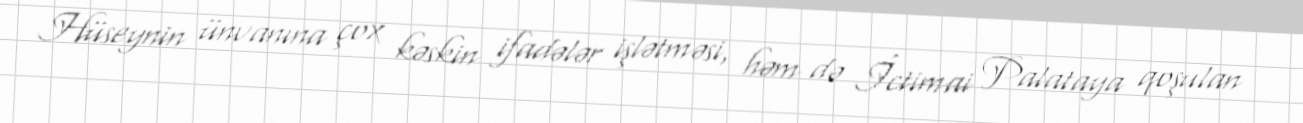
Hüseynin ünvanına çox kəskin ifadələr işlətməsi, həm də İctimai Palataya qoşulan